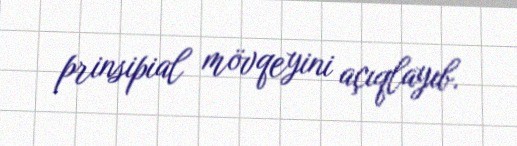
prinsipial mövqeyini açıqlayıb.